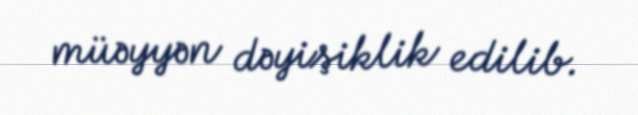
müəyyən dəyişiklik edilib.